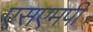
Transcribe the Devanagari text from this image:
एसएमपी